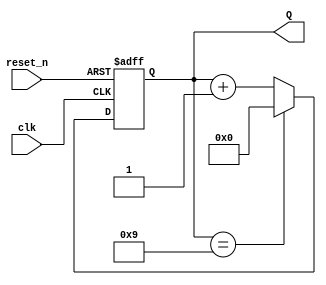
module BCD_Asynchronous_Counter (
    input wire clk,       // Clock input
    input wire reset_n,   // Active-low asynchronous reset
    output reg [3:0] Q    // 4-bit output for BCD count
);

// Asynchronous reset and counting process
always @(posedge clk or negedge reset_n) begin
    if (!reset_n) begin
        Q <= 4'b0000; // Reset the counter to 0
    end else begin
        if (Q == 4'b1001) begin
            Q <= 4'b0000; // Reset to 0 when count reaches 10 (1010)
        end else begin
            Q <= Q + 1; // Increment the counter
        end
    end
end

endmodule